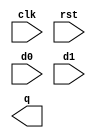
module dual_edge_dff_ar(
    input wire clk,
    input wire rst,
    input wire d0,
    input wire d1,
    output reg q
);

// ======================
// = add your code here =
// ======================

endmodule